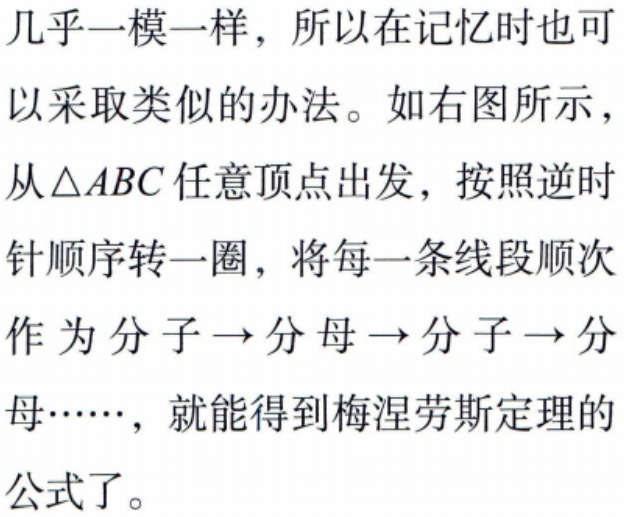
几乎一模一样，所以在记忆时也可以采取类似的办法。如右图所示，从$\triangle ABC$任意顶点出发，按照逆时针顺序转一圈，将每一条线段顺次作为分子$\to$分母$\to$分子$\to$分母……，就能得到梅涅劳斯定理的公式了。